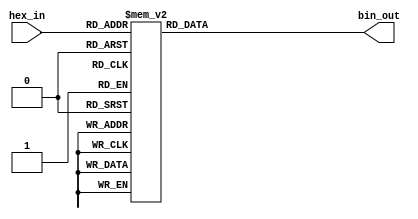
module hex_to_bin_encoder (
    input  wire [3:0] hex_in,  // 4-bit input representing the hexadecimal digit
    output reg  [3:0] bin_out   // 4-bit output representing the binary equivalent
);

// Combinational logic to map hex_in to bin_out
always @(*) begin
    case (hex_in)
        4'b0000: bin_out = 4'b0000; // 0
        4'b0001: bin_out = 4'b0001; // 1
        4'b0010: bin_out = 4'b0010; // 2
        4'b0011: bin_out = 4'b0011; // 3
        4'b0100: bin_out = 4'b0100; // 4
        4'b0101: bin_out = 4'b0101; // 5
        4'b0110: bin_out = 4'b0110; // 6
        4'b0111: bin_out = 4'b0111; // 7
        4'b1000: bin_out = 4'b1000; // 8
        4'b1001: bin_out = 4'b1001; // 9
        4'b1010: bin_out = 4'b1010; // A
        4'b1011: bin_out = 4'b1011; // B
        4'b1100: bin_out = 4'b1100; // C
        4'b1101: bin_out = 4'b1101; // D
        4'b1110: bin_out = 4'b1110; // E
        4'b1111: bin_out = 4'b1111; // F
        default: bin_out = 4'b0000; // Default case (Should not occur)
    endcase
end

endmodule